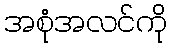
အစုံအလင်ကို